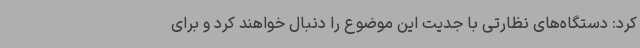
کرد: دستگاه‌های نظارتی با جدیت این موضوع را دنبال خواهند کرد و برای